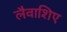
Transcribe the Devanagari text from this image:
लैवाशिए